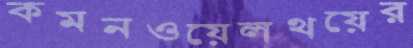
কমনওয়েলথয়ের